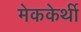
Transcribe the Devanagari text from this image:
मेककेर्थी